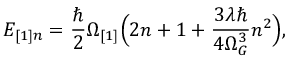
E _ { [ 1 ] n } = \frac { \hbar } { 2 } \Omega _ { [ 1 ] } \Bigl ( 2 n + 1 + \frac { 3 \lambda \hbar } { 4 \Omega _ { G } ^ { 3 } } n ^ { 2 } \Bigr ) ,